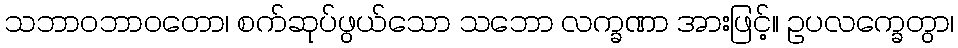
သဘာဝဘာဝတော၊ စက်ဆုပ်ဖွယ်သော သဘော လက္ခဏာ အားဖြင့်။ ဥပလက္ခေတွာ၊